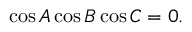
\displaystyle \cos { A } \cos { B } \cos { C } = 0 .